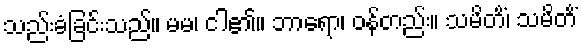
သည်းခံခြင်းသည်။ မမ၊ ငါ၏။ ဘာရော၊ ဝန်တည်း။ သမိတိံ၊ သမိတိံ